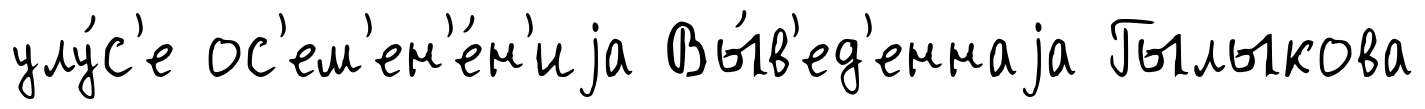
улу́с'е ос'ем'ен'е́н'иjа Вы́в'ед'еннаjа Гылыкова